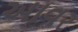
આવર